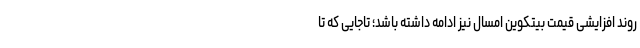
روند افزایشی قیمت بیتکوین امسال نیز ادامه داشته باشد؛ تاجایی که تا